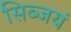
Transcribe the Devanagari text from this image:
सिब्जयं